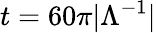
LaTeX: t=60\pi|\Lambda^{-1}|